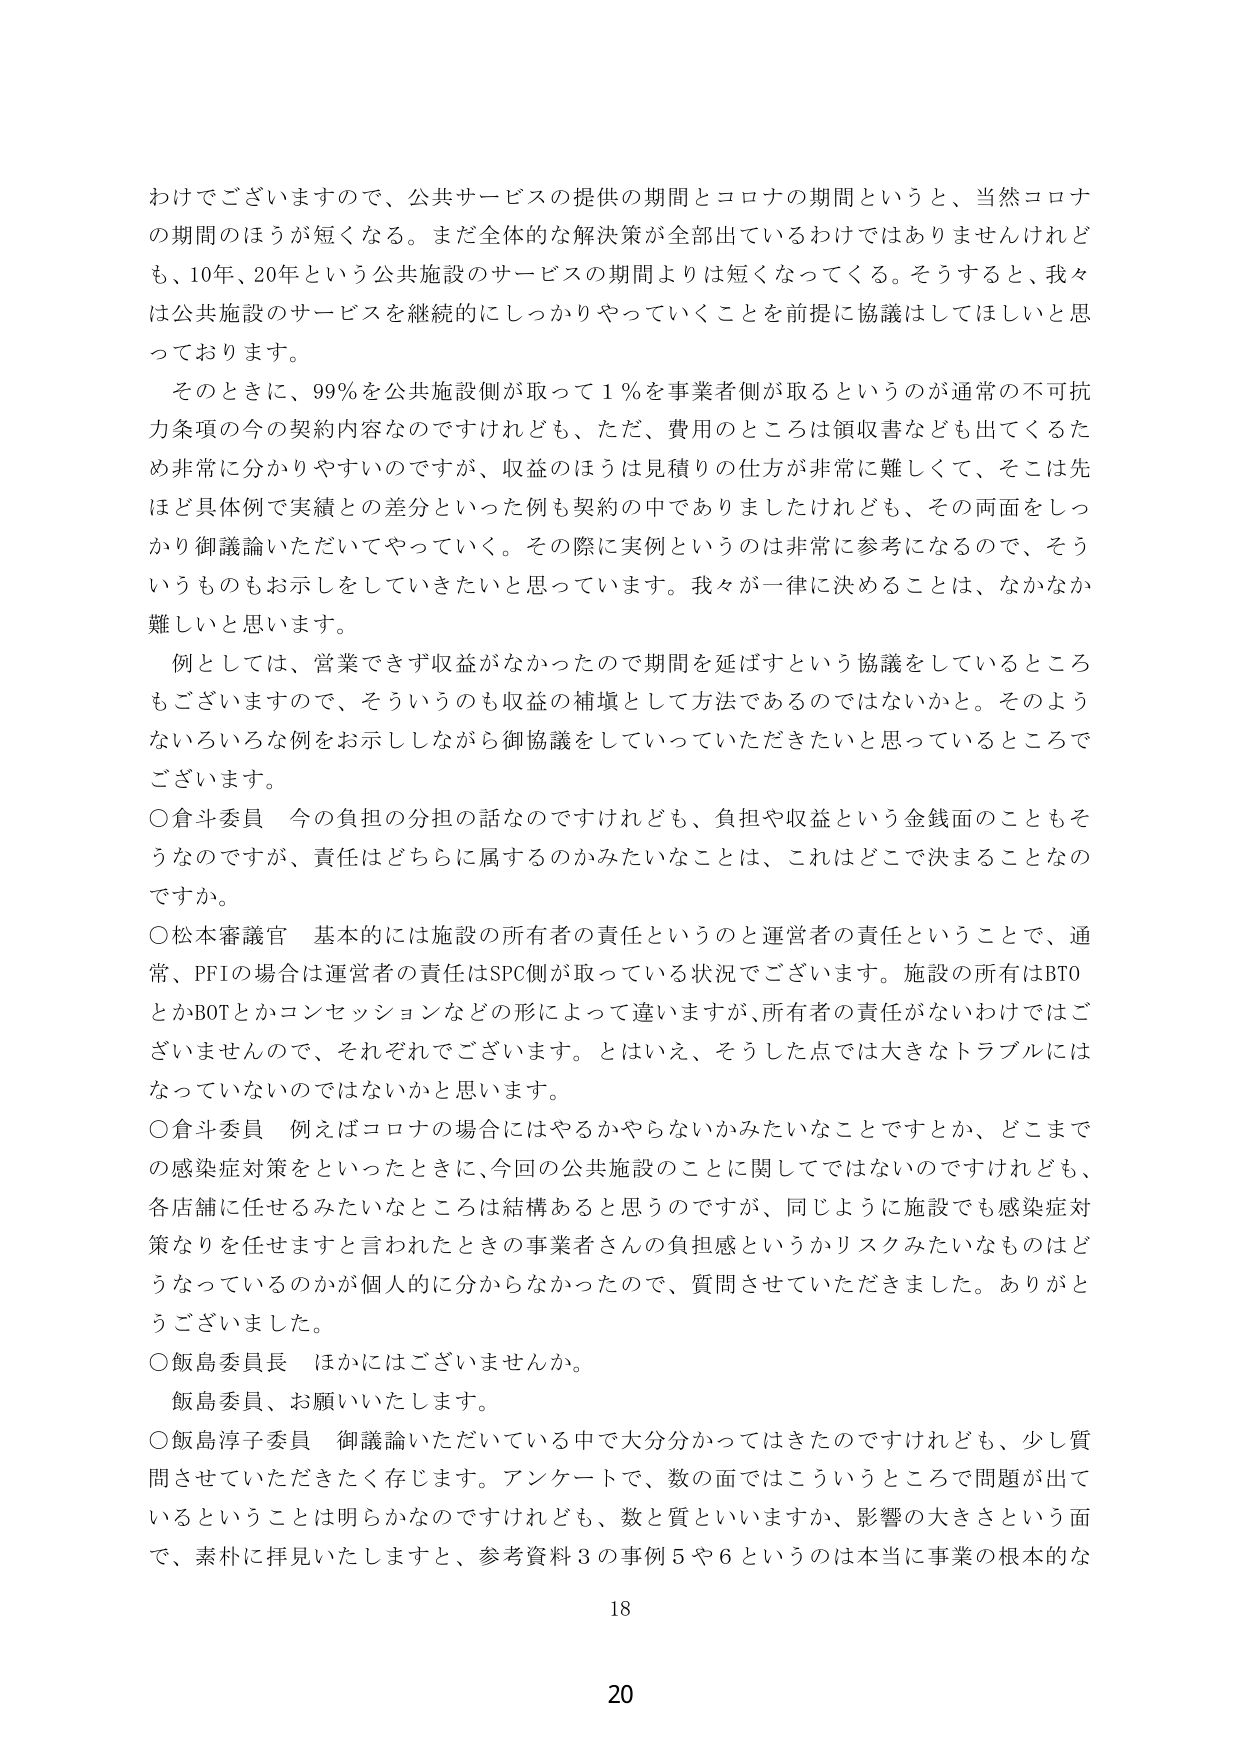
わけでございますので、公共サービスの提供の期間とコロナの期間というと、当然コロナの期間のほうが短くなる。まだ全体的な解決策が全部出ているわけではありませんけれども、10年、20年という公共施設のサービスの期間よりは短くなってくる。そうすると、我々は公共施設のサービスを継続的にしっかりやっていくことを前提に協議はしてほしいと思っております。

そのときに、99％を公共施設側が取って1％を事業者側が取るというのが通常の不可抗力条項の今の契約内容なのですけれども、ただ、費用のところは領収書なども出てくるため非常に分かりやすいのですが、収益のほうは見積りの仕方が非常に難しくて、そこは先ほど具体例で実績との差分といった例も契約の中でありましたけれども、その両面をしっかり御議論いただいてやっていく。その際に実例というのは非常に参考になるので、そういうものもお示しをしていきたいと思っています。我々が一律に決めることは、なかなか難しいと思います。

例としては、営業できず収益がなかったので期間を延ばすという協議をしているところもございますので、そういうのも収益の補填として方法であるのではないでしょうか。そのようないろいろな例をお示ししながら御協議をしていっていただきたいと思っているところでございます。

○倉斗委員　今の負担の分担の話なのですが、負担や収益という金銭面のこともそうなのですが、責任はどちらに属するのかみたいなことは、これはどこで決まることなのでしょうか。

○松本審議官　基本的には施設の所有者の責任というのと運営者の責任ということで、通常、PFIの場合は運営者の責任はSPC側が取っている状況でございます。施設の所有はBTOとかBOTとかコンセッションなどの形によって違いますが、所有者の責任がないわけではありませんので、それぞれでございます。とはいえ、そうした点では大きなトラブルにはなっていないのではないかと思います。

○倉斗委員　例えばコロナの場合にはやるかやらないかみたいなことですが、どこまでの感染症対策をといったときに、今回の公共施設のことに関してではないのですが、各店舗に任せるみたいなところは結構あると思うのですが、同じように施設でも感染症対策なりを任せますと言われたときの事業者さんの負担感というかリスクみたいなものはどうなっているのかが個人的に分からなかったので、質問させていただきました。ありがとうございました。

○飯島委員長　ほかにはございませんか。

飯島委員、お願いいたします。

○飯島淳子委員　御議論いただいている中で大分分かってはきたのですけれども、少し質問させていただきたく存じます。アンケートで、数の面ではこういうところで問題が出ているということは明らかなのですけれども、数と質といいますか、影響の大きさという面で、素朴に拝見いたしますと、参考資料3の事例5や6というのは本当に事業の根本的な

18

20